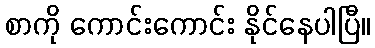
စာကို ကောင်းကောင်း နိုင်နေပါပြီ။